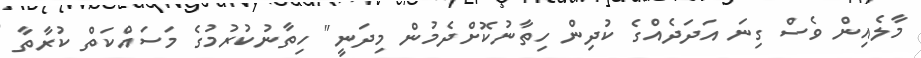
މާލެއިން ވެސް ގިނަ އަދަދެއްގެ ކުދިން ހިތާނުކޮށްދެމުން މިދަނީ" ހިތާނުކުރުމުގެ މަސައްކަތް ކުރާތާ